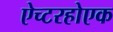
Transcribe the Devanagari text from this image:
ऐच्टरहोएक